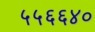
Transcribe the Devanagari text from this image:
५५६६४०